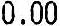
0.00